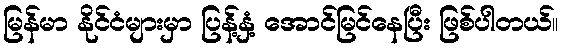
မြန်မာ နိုင်ငံများမှာ ပြန့်နှံ့ အောင်မြင်နေပြီး ဖြစ်ပါတယ်။